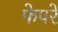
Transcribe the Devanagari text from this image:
फेपरे